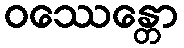
ဝဿေန္တော